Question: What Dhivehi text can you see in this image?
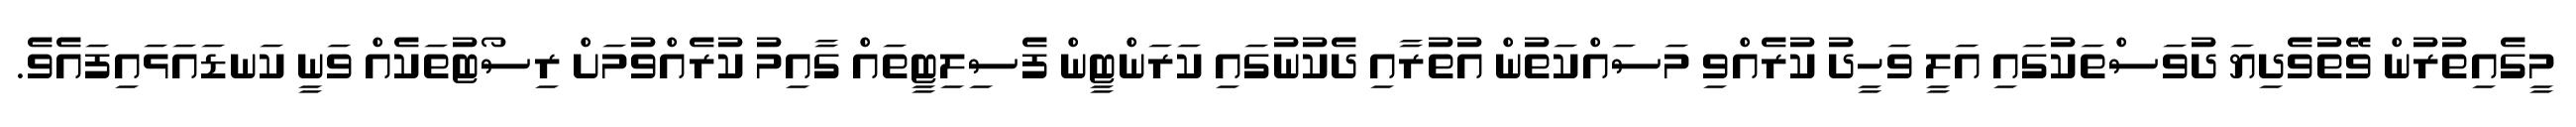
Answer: މީގެއިތުރުން ވޭތުވެދިޔަ ދުވަސްތަކުގައި އަލީ ވަހީދު ކުރެއްވި މަސައްކަތުން އުތުރާއި ދެކުނުގައި ކަރަންޓީން ފެސިލިޓީތައް ގާއިމު ކުރެއްވުމަށް ރިސޯޓުތަކެއް ވަނީ ކަނޑައަޅައިފައެވެ.